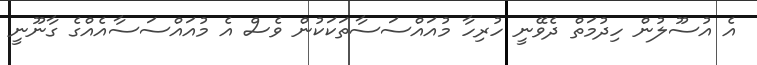
އެ އުސޫލުން ހިދުމަތް ދެވޭނީ ހުރިހާ މުއައްސަސާތަކަކުން ވެސް އެ މުއައްސަސާއެއްގެ ގާނޫނީ